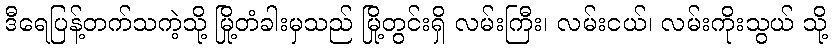
ဒီရေပြန့်တက်သကဲ့သို့ မြို့တံခါးမှသည် မြို့တွင်းရှိ လမ်းကြီး၊ လမ်းငယ်၊ လမ်းကိုးသွယ် သို့